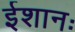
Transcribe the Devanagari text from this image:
ईशानः